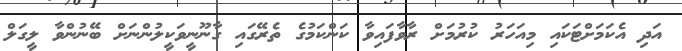
އަދި އެކަމަށްޓަކައި މިއަހަރު ކުރުމަށް ރާވާފައިވާ ކަންކަމުގެ ތެރޭގައި ގާނޫނީވަކީލުންނަށް ބޭނުންވާ ލީގަލް